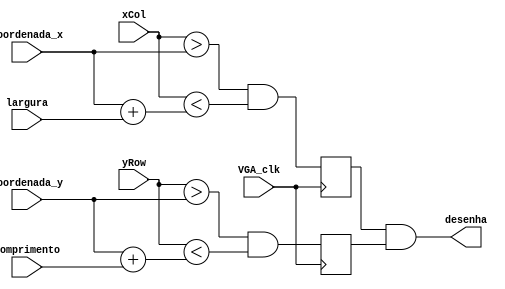
module linha_vertical (
	input VGA_clk,
	input wire [9:0] xCol, 
	input wire [8:0] yRow, 
	input wire [9:0] coordenada_x, //de 0 a 640
	input wire [8:0] coordenada_y, //de 0 a 480
	input wire [8:0] comprimento, //ate 480
	input wire [4:0] largura, //ate 32
	output wire desenha
);
	
	reg desenho_x, desenho_y;	
	
	always @(negedge VGA_clk)
		begin
			desenho_x <= (xCol > coordenada_x && xCol < (coordenada_x + largura));
			desenho_y <= (yRow > coordenada_y && yRow < (coordenada_y + comprimento));
		end
		
	assign desenha = (desenho_x && desenho_y);

endmodule